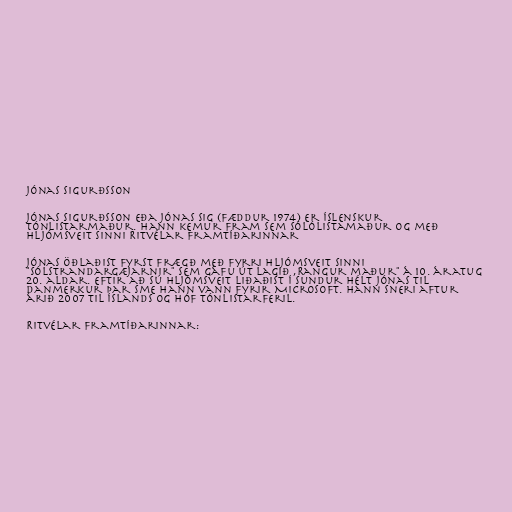
Jónas Sigurðsson

Jónas Sigurðsson eða Jónas Sig (fæddur 1974) er íslenskur
tónlistarmaður. Hann kemur fram sem sólólistamaður og með
hljómsveit sinni Ritvélar Framtíðarinnar

Jónas öðlaðist fyrst frægð með fyrri hljómsveit sinni
"Sólstrandargæjarnir" sem gáfu út lagið ,Rangur maður" á 10. áratug
20. aldar. Eftir að sú hljómsveit liðaðist í sundur hélt Jónas til
Danmerkur þar sme hann vann fyrir Microsoft. Hann sneri aftur
árið 2007 til Íslands og hóf tónlistarferil.

Ritvélar Framtíðarinnar: